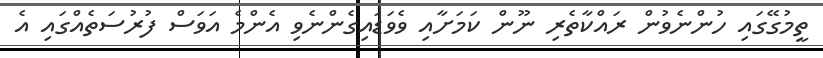
ތީމުގޭގައި ހުންނެވުން ރައްކާތެރި ނޫން ކަމަށާއި ވެވަޑައިގެންނެވި އެންމެ އަވަސް ފުރުސަތެއްގައި އެ